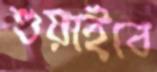
শুয়াইবে